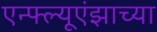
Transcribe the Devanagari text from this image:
एन्फ्ल्यूएंझाच्या